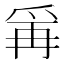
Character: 𭶭